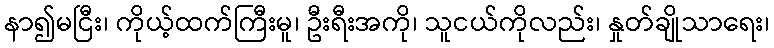
နာ၍မငြီး၊ ကိုယ့်ထက်ကြီးမူ၊ ဦးရီးအကို၊ သူငယ်ကိုလည်း၊ နှုတ်ချိုသာရေး၊